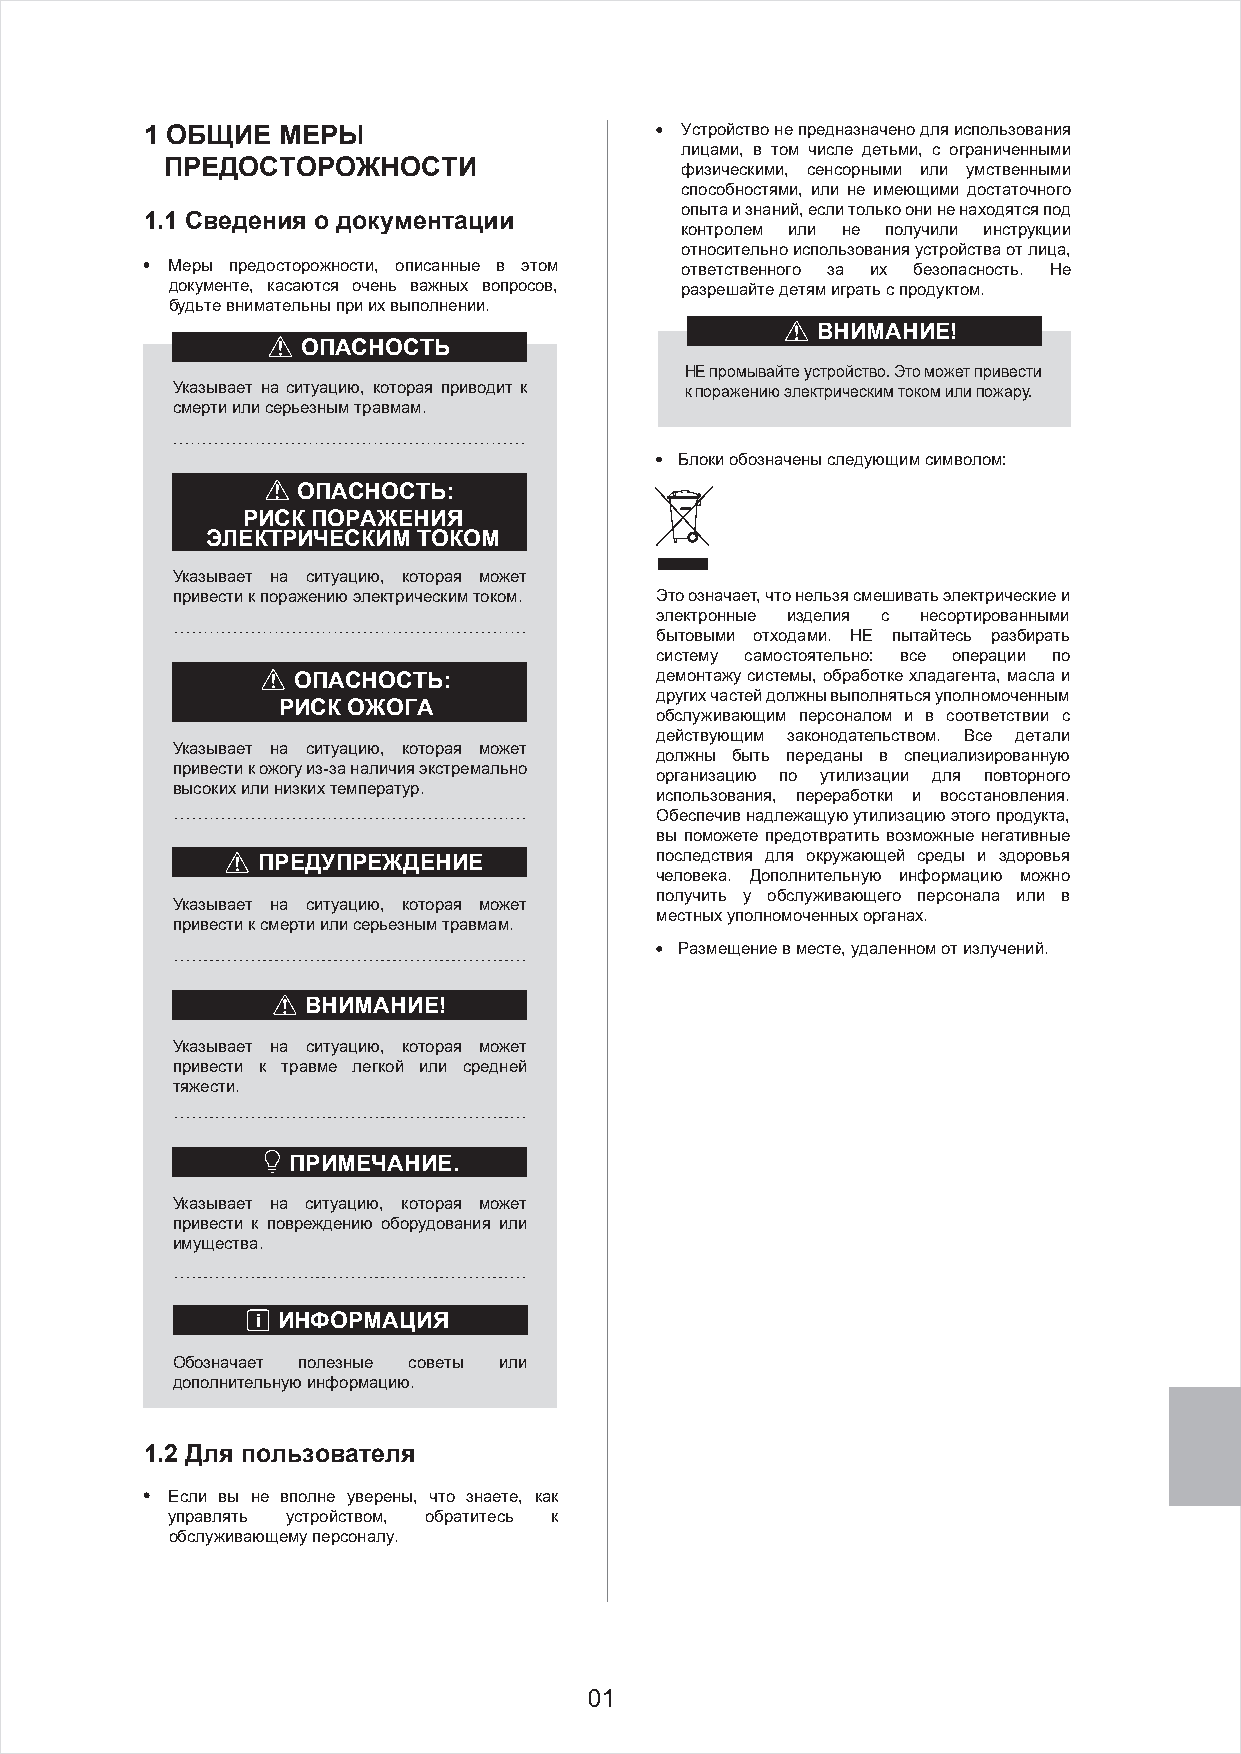
1 ОБЩИЕ МЕРЫ                       Устройство не предназначено для использования
 лицами, в том числе детьми, с ограниченными
 ПРЕДОСТОРОЖНОСТИ                  физическими, сенсорными или умственными
 способностями, или не имеющими достаточного
 опыта и знаний, если только они не находятся под
 1.1 Сведения о документации
 контролем или не получили инструкции
 относительно использования устройства от лица,
 Меры предосторожности, описанные в этом ответственного за их безопасность. Не
 документе, касаются очень важных вопросов, разрешайте детям играть с продуктом.
 будьте внимательны при их выполнении.
 ВНИМАНИЕ!
 ОПАСНОСТЬ
 НЕ промывайте устройство. Это может привести
 Указывает на ситуацию, которая приводит к к поражению электрическим током или пожару.
 смерти или серьезным травмам.
 Блоки обозначены следующим символом:
 ОПАСНОСТЬ:
 РИСК ПОРАЖЕНИЯ
 ЭЛЕКТРИЧЕСКИМ ТОКОМ
 Указывает на ситуацию, которая может
 привести к поражению электрическим током. Это означает, что нельзя смешивать электрические и
 электронные изделия с несортированными
 бытовыми отходами. НЕ пытайтесь разбирать
 систему самостоятельно: все операции по
 ОПАСНОСТЬ:              демонтажу системы, обработке хладагента, масла и
 других частей должны выполняться уполномоченным
 РИСК ОЖОГА
 обслуживающим персоналом и в соответствии с
 действующим законодательством. Все детали
 Указывает на ситуацию, которая может
 должны быть переданы в специализированную
 привести к ожогу из-за наличия экстремально
 организацию по утилизации для повторного
 высоких или низких температур.
 использования, переработки и восстановления.
 Обеспечив надлежащую утилизацию этого продукта,
 вы поможете предотвратить возможные негативные
 последствия для окружающей среды и здоровья
 ПРЕДУПРЕЖДЕНИЕ
 человека. Дополнительную информацию можно
 получить у обслуживающего персонала или в
 Указывает на ситуацию, которая может
 местных уполномоченных органах.
 привести к смерти или серьезным травмам.
 Размещение в месте, удаленном от излучений.
 ВНИМАНИЕ!
 Указывает на ситуацию, которая может
 привести к травме легкой или средней
 тяжести.
 ПРИМЕЧАНИЕ.
 Указывает на ситуацию, которая может
 привести к повреждению оборудования или
 имущества.
 i ИНФОРМАЦИЯ
 Обозначает полезные советы или
 дополнительную информацию.
 1.2 Для пользователя
 Если вы не вполне уверены, что знаете, как
 управлять устройством, обратитесь к
 обслуживающему персоналу.